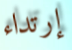
إرتداء